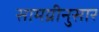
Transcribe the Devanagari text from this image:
सामग्रीनुसार